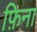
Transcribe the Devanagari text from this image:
फ़िना